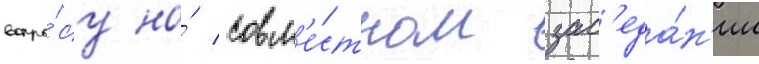
вопро́су на́ совм'е́стном зас'еда́н'ии